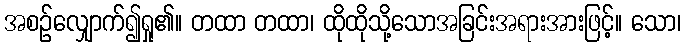
အစဉ်လျှောက်၍ရှု၏။ တထာ တထာ၊ ထိုထိုသို့သောအခြင်းအရားအားဖြင့်။ သော၊